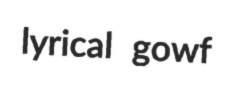
lyrical gowf